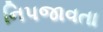
નિપજાવતા